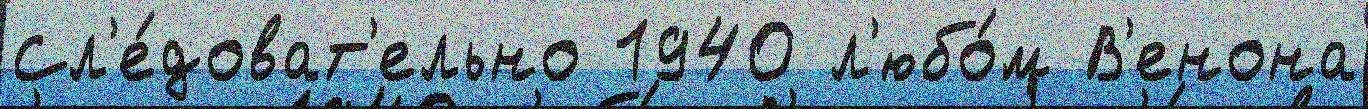
Сл'е́доват'ельно 1940 л'юбо́м В'енона